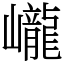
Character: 巄